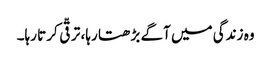
وہ زندگی میں آگے بڑھتا رہا، ترقّی کرتا رہا۔